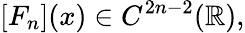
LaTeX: [F_{n}](x)\in C^{2n-2}({\mathbb R}),